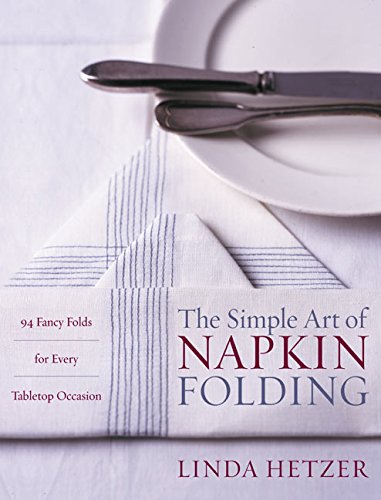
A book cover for The Simple Art of Napkin Folding: 94 Fancy Folds for Every Tabletop Occasion; Linda Hetzer; Cookbooks, Food & Wine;